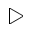
\triangleright